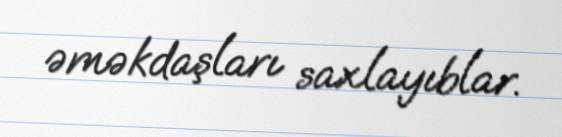
əməkdaşları saxlayıblar.